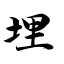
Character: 埋